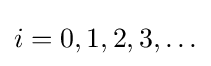
i=0,1,2,3,\ldots